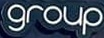
group